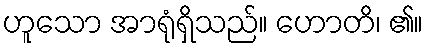
ဟူသော အာရုံရှိသည်။ ဟောတိ၊ ၏။